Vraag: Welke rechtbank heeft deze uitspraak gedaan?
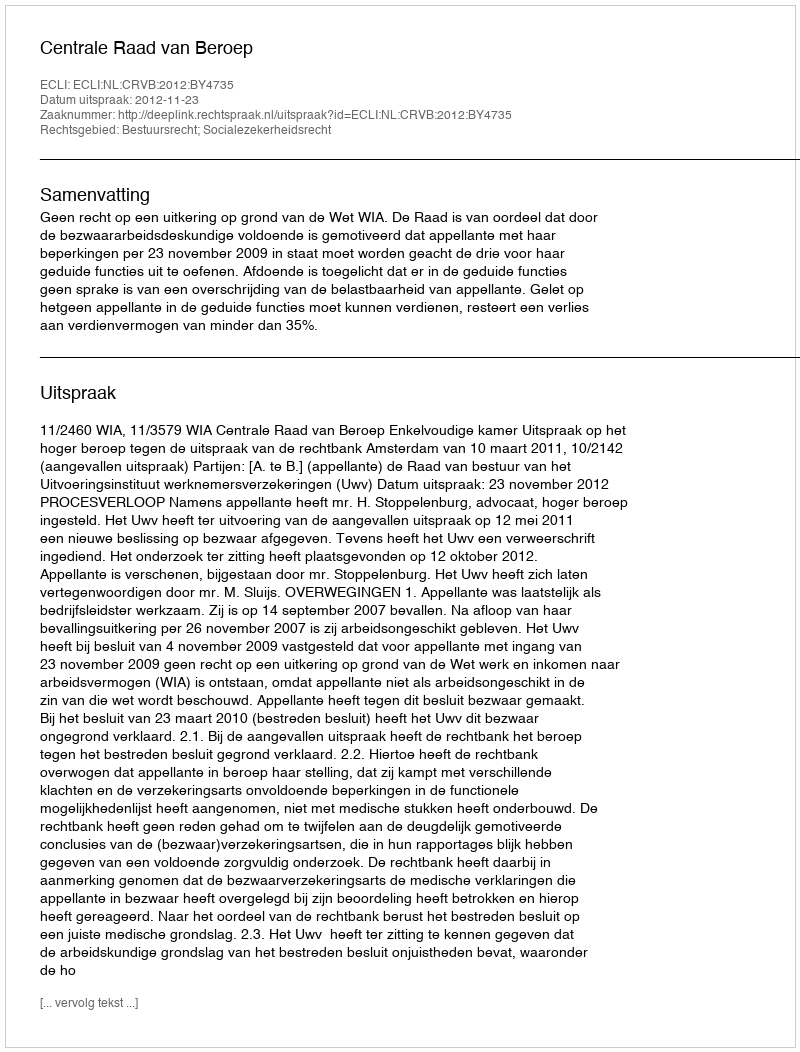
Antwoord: Centrale Raad van Beroep